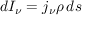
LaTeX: d I _ { \nu } = j _ { \nu } \rho \, d s